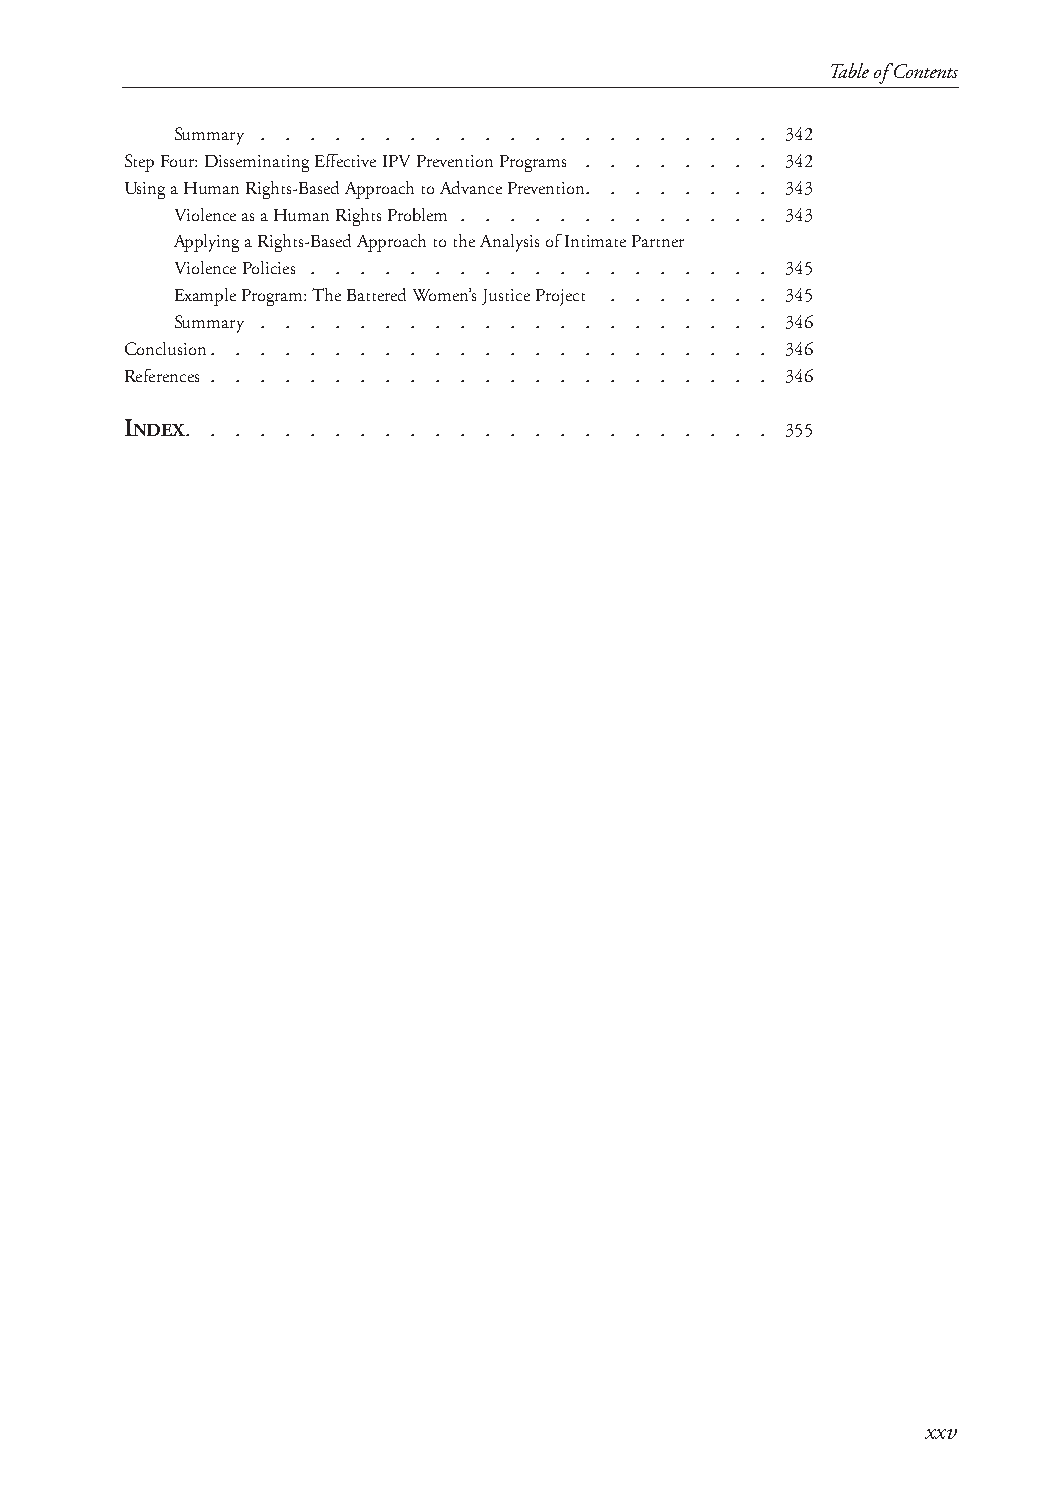
Table of Contents
 Summary . . . . . . . . . . . . . . . . . . . . . 342
 Step Four: Disseminating Effective IPV Prevention Programs . . . . . . . . 342
 Using a Human Rights-Based Approach to Advance Prevention. . . . . . . . 343
 Violence as a Human Rights Problem . . . . . . . . . . . . . 343
 Applying a Rights-Based Approach to the Analysis of Intimate Partner
 Violence Policies . . . . . . . . . . . . . . . . . . . 345
 Example Program: The Battered Women’s Justice Project . . . . . . . 345
 Summary . . . . . . . . . . . . . . . . . . . . . 346
 Conclusion. . . . . . . . . . . . . . . . . . . . . . . 346
 References . . . . . . . . . . . . . . . . . . . . . . . 346
 INDEX. . . . . . . . . . . . . . . . . . . . . . . . 355
 xxv